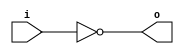
module invert (input wire i, output wire o);
   assign o = !i;
endmodule

module and2 (input wire i0, i1, output wire o);
  assign o = i0 & i1;
endmodule

module or2 (input wire i0, i1, output wire o);
  assign o = i0 | i1;
endmodule

module xor2 (input wire i0, i1, output wire o);
  assign o = i0 ^ i1;
endmodule

module nand2 (input wire i0, i1, output wire o);
   wire t;
   and2 and2_0 (i0, i1, t);
   invert invert_0 (t, o);
endmodule

module nor2 (input wire i0, i1, output wire o);
   wire t;
   or2 or2_0 (i0, i1, t);
   invert invert_0 (t, o);
endmodule

module xnor2 (input wire i0, i1, output wire o);
   wire t;
   xor2 xor2_0 (i0, i1, t);
   invert invert_0 (t, o);
endmodule

module and3 (input wire i0, i1, i2, output wire o);
   wire t;
   and2 and2_0 (i0, i1, t);
   and2 and2_1 (i2, t, o);
endmodule

module or3 (input wire i0, i1, i2, output wire o);
   wire t;
   or2 or2_0 (i0, i1, t);
   or2 or2_1 (i2, t, o);
endmodule

module nor3 (input wire i0, i1, i2, output wire o);
   wire t;
   or2 or2_0 (i0, i1, t);
   nor2 nor2_0 (i2, t, o);
endmodule

module nand3 (input wire i0, i1, i2, output wire o);
   wire t;
   and2 and2_0 (i0, i1, t);
   nand2 nand2_1 (i2, t, o);
endmodule

module xor3 (input wire i0, i1, i2, output wire o);
   wire t;
   xor2 xor2_0 (i0, i1, t);
   xor2 xor2_1 (i2, t, o);
endmodule

module xnor3 (input wire i0, i1, i2, output wire o);
   wire t;
   xor2 xor2_0 (i0, i1, t);
   xnor2 xnor2_0 (i2, t, o);
endmodule

module mux2 (input wire i0, i1, j, output wire o);
  assign o = (j==0)?i0:i1;
endmodule

module mux4 (input wire [0:3] i, input wire j1, j0, output wire o);
  wire  t0, t1;
  mux2 mux2_0 (i[0], i[1], j1, t0);
  mux2 mux2_1 (i[2], i[3], j1, t1);
  mux2 mux2_2 (t0, t1, j0, o);
endmodule

module mux8 (input wire [0:7] i, input wire j2, j1, j0, output wire o);
  wire  t0, t1;
  mux4 mux4_0 (i[0:3], j2, j1, t0);
  mux4 mux4_1 (i[4:7], j2, j1, t1);
  mux2 mux2_0 (t0, t1, j0, o);
endmodule

module demux2 (input wire i, j, output wire o0, o1);
  assign o0 = (j==0)?i:1'b0;
  assign o1 = (j==1)?i:1'b0;
endmodule

module demux4 (input wire i, j1, j0, output wire [0:3] o);
  wire  t0, t1;
  demux2 demux2_0 (i, j1, t0, t1);
  demux2 demux2_1 (t0, j0, o[0], o[1]);
  demux2 demux2_2 (t1, j0, o[2], o[3]);
endmodule

module demux8 (input wire i, j2, j1, j0, output wire [0:7] o);
  wire  t0, t1;
  demux2 demux2_0 (i, j2, t0, t1);
  demux4 demux4_0 (t0, j1, j0, o[0:3]);
  demux4 demux4_1 (t1, j1, j0, o[4:7]);
endmodule

module df (input wire clk, in, output wire out);
  reg df_out;
  always@(posedge clk) df_out <= in;
  assign out = df_out;
endmodule

module dfr (input wire clk, reset, in, output wire out);
  wire reset_, df_in;
  invert invert_0 (reset, reset_);
  and2 and2_0 (in, reset_, df_in);
  df df_0 (clk, df_in, out);
endmodule

module dfrl (input wire clk, reset, load, in, output wire out);
  wire _in;
  mux2 mux2_0(out, in, load, _in);
  dfr dfr_1(clk, reset, _in, out);
endmodule